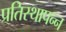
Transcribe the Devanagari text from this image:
प्रतिस्थापन्न